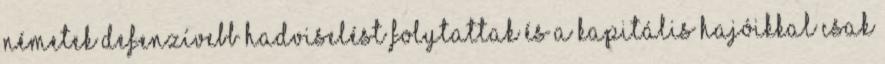
németek defenzívebb hadviselést folytattak és a kapitális hajóikkal csak